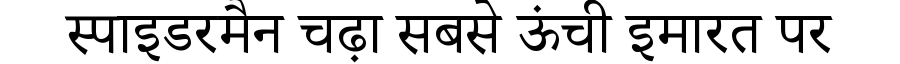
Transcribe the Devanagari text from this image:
स्पाइडरमैन चढ़ा सबसे ऊंची इमारत पर